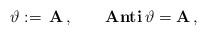
LaTeX: \begin{align*}\vartheta:= \,\mathbf{A} \, ,\qquad\textbf{Anti} \, \vartheta = \mathbf{A} \, ,\end{align*}